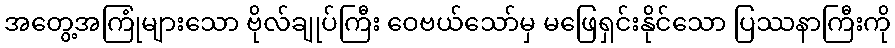
အတွေ့အကြုံများသော ဗိုလ်ချုပ်ကြီး ဝေဗယ်သော်မှ မဖြေရှင်းနိုင်သော ပြဿနာကြီးကို